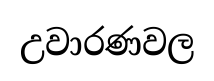
උවාරණවල